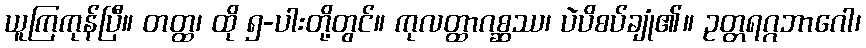
ယူကြကုန်ပြီ။ တတ္ထ၊ ထို ၅-ပါးတို့တွင်။ ကုလတ္ထာဂစ္ဆဿ၊ ပဲပိစပ်ချုံ၏။ ဥတ္တရဂ္ဂဘာဂေါ၊